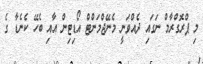
މި ޕްރޮގްރާމް ނަގައި ދެއްވަނީ މެނޭޖްމަންޓް އޯޑިޓިން އާއި ބެހޭ ކެނެޑާ ގެ